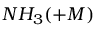
N H _ { 3 } ( + M )